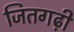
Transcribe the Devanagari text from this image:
जितगढ़ी